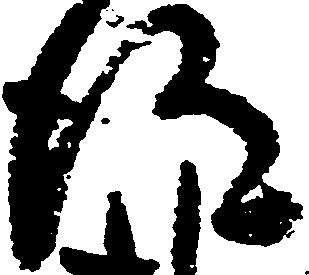
得